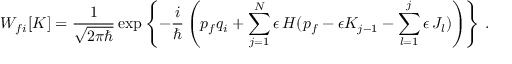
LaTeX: W _ { f i } [ K ] = \frac { 1 } { \sqrt { 2 \pi \hbar } } \exp \left\{ - \frac { i } { \hbar } \left( p _ { f } q _ { i } + \sum _ { j = 1 } ^ { N } \epsilon \, H ( p _ { f } - \epsilon K _ { j - 1 } - \sum _ { l = 1 } ^ { j } \epsilon \, J _ { l } ) \right) \right\} \, .